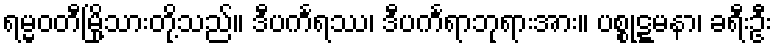
ရမ္မဝတီမြို့သားတို့သည်။ ဒီပင်္ကရဿ၊ ဒီပင်္ကရာဘုရားအား။ ပစ္စုဋ္ဋမနာ၊ ခရီးဦး